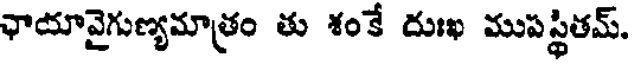
ఛాయావైగుణ్యమాత్రం తు శంకే దుఃఖ ముపస్థితమ్.